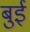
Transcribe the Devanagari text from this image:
बुई